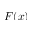
F ( x )